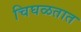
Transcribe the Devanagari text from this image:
चिघळतात